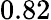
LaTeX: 0.82